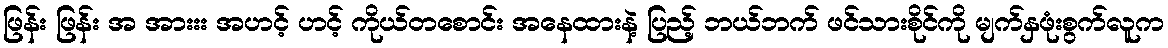
ဖြန်း ဖြန်း အ အားးး အဟင့် ဟင့် ကိုယ်တစောင်း အနေထားနဲ့ ပြည့် ဘယ်ဘက် ဖင်သားစိုင်ကို မျက်နှဖုံးစွက်လူက